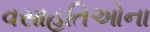
વસાહતિઓના